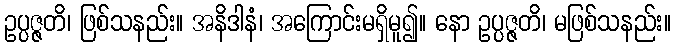
ဥပ္ပဇ္ဇတိ၊ ဖြစ်သနည်း။ အနိဒါနံ၊ အကြောင်းမရှိမူ၍။ နော ဥပ္ပဇ္ဇတိ၊ မဖြစ်သနည်း။